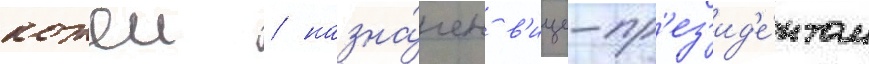
кожеи / назна́чен в'ице-пр'ез'ид'е́нтом